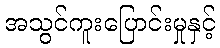
အသွင်ကူးပြောင်းမှုနှင့်